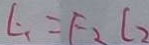
L _ { 1 } = F _ { 2 } l _ { 2 }